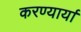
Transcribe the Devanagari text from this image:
करण्यार्या